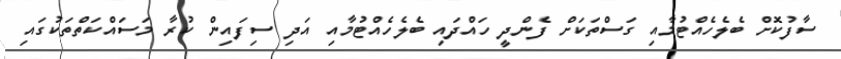
ސާފުކޮށް ބެލެހެއްޓުމާއި ގަސްތަކަށް ފެންދީ ހައްދައި ބެލެހެއްޓުމާއި އަދި ސިފައިން ކުރާ މަސައްކަތްތަކުގައި